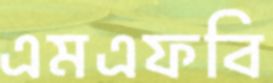
এমএফবি